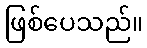
ဖြစ်ပေသည်။